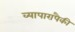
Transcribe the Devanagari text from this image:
व्यापारापैकी